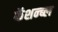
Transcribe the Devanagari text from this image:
फॅशन्ब्ल